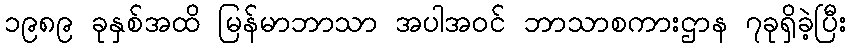
၁၉၈၉ ခုနှစ်အထိ မြန်မာဘာသာ အပါအဝင် ဘာသာစကားဌာန ၇ခုရှိခဲ့ပြီး